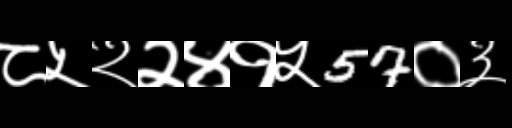
Text: ८५२२४१५57०३